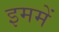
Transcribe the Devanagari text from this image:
इममें